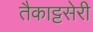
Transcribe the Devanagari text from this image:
तैकाट्टसेरी